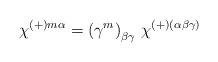
LaTeX: \begin{align*}\chi^{(+)m \alpha} =\left( \gamma^m \right)_{\beta\gamma}\, \chi^{(+)(\alpha\beta\gamma)}\end{align*}